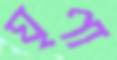
ঘৃণা